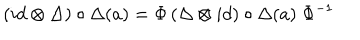
\left( i d \otimes \Delta \right) \circ \Delta ( a ) = \Phi \left( \Delta \otimes i d \right) \circ \Delta ( a ) \; \Phi ^ { - 1 }